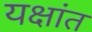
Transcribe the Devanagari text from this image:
यक्षांत